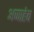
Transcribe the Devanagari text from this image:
अप्पाहेब